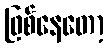
ဖြစ်နေတော့